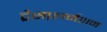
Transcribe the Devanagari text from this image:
ट्रैसफ़ार्मेशन